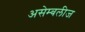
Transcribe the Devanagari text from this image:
असेम्बलीज